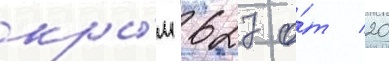
кры́м 627 о́т 20